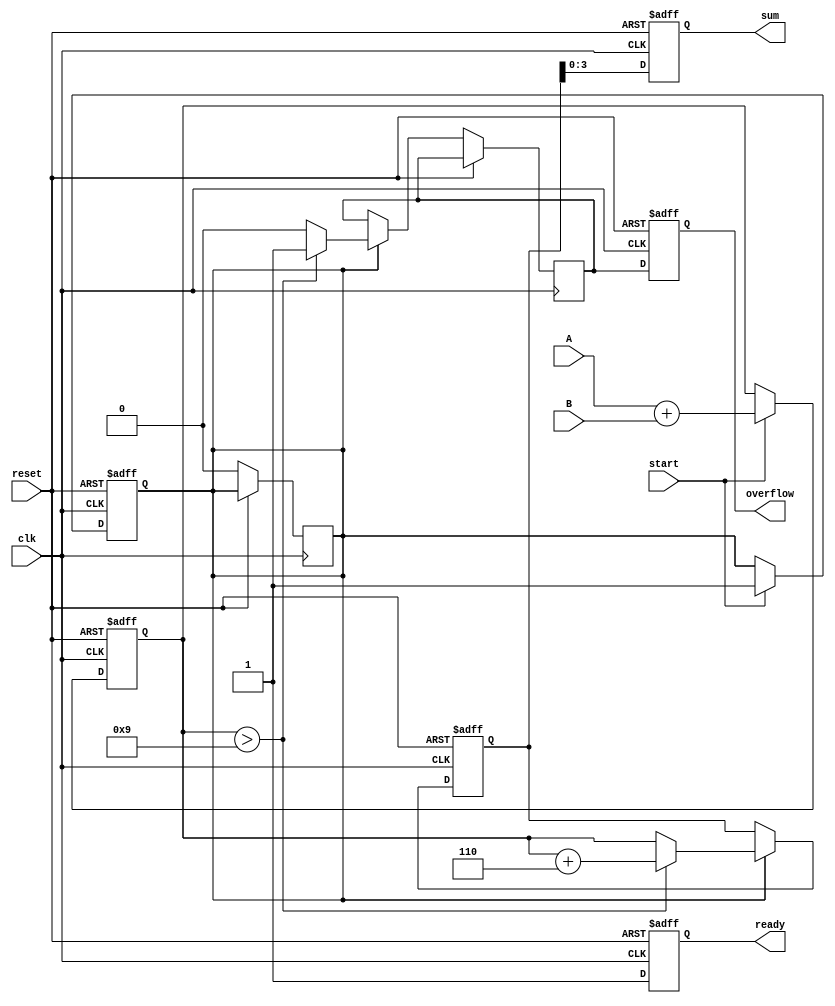
module BCD_Pipelined_Adder (
    input wire clk,
    input wire reset,
    input wire start,
    input wire [3:0] A, // 4-bit BCD input A
    input wire [3:0] B, // 4-bit BCD input B
    output reg [3:0] sum, // 4-bit BCD output sum
    output reg overflow, // Overflow signal
    output reg ready // Indicates when the output is ready
);

    // Internal registers for pipelining
    reg [4:0] stage1_sum; // 5-bit sum for stage 1 (A + B)
    reg [4:0] stage2_sum; // 5-bit sum for stage 2 (with correction)
    reg carry; // Carry bit for BCD correction
    reg stage1_valid; // Indicates stage 1 result validity

    // Stage 1: Initial Addition
    always @(posedge clk or posedge reset) begin
        if (reset) begin
            stage1_sum <= 5'b0;
            stage1_valid <= 0;
        end else if (start) begin
            // Perform addition of A and B
            stage1_sum <= A + B;
            stage1_valid <= 1; // Mark stage 1 result as valid
        end
    end

    // Stage 2: BCD Correction
    always @(posedge clk or posedge reset) begin
        if (reset) begin
            stage2_sum <= 5'b0;
            sum <= 4'b0;
            overflow <= 0;
            ready <= 0;
        end else begin
            if (stage1_valid) begin
                // Check if correction is needed
                if (stage1_sum > 5'b01001) begin // greater than 9
                    stage2_sum <= stage1_sum + 5'b00110; // Add 6
                    carry <= 1; // Set carry for overflow
                end else begin
                    stage2_sum <= stage1_sum;
                    carry <= 0; // No carry needed
                end
                stage1_valid <= 0; // Reset stage 1 valid flag
            end

            // Update output on the next clock cycle
            sum <= stage2_sum[3:0]; // 4 least significant bits are the BCD sum
            overflow <= carry; // Set overflow if carry is generated
            ready <= 1; // Indicate result is ready
        end
    end
endmodule